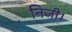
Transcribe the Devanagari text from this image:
निजी।